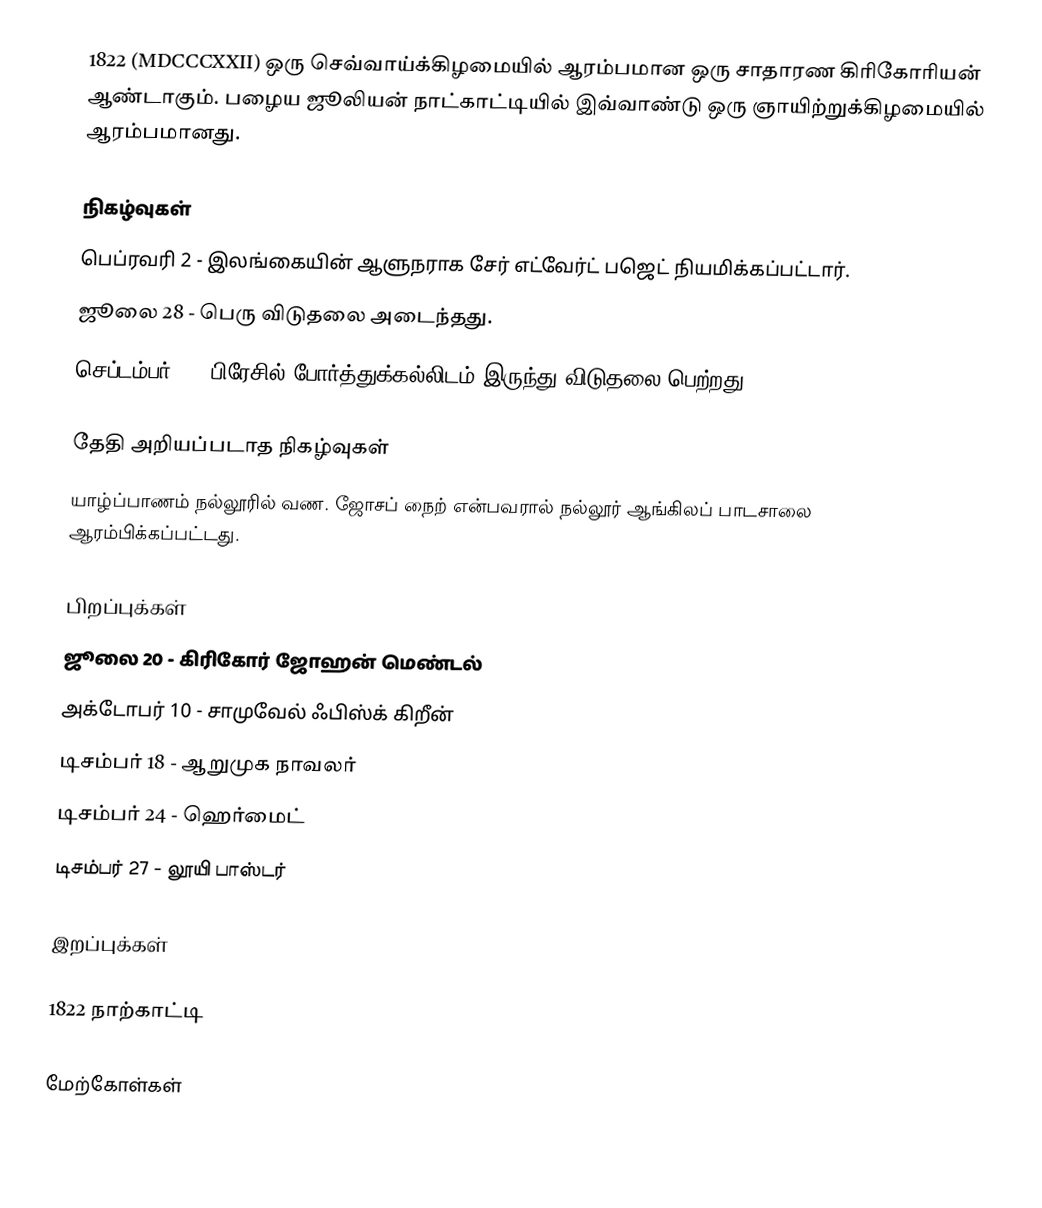
1822  (MDCCCXXII) ஒரு செவ்வாய்க்கிழமையில் ஆரம்பமான ஒரு சாதாரண கிரிகோரியன் ஆண்டாகும். பழைய ஜூலியன் நாட்காட்டியில் இவ்வாண்டு ஒரு ஞாயிற்றுக்கிழமையில் ஆரம்பமானது.

நிகழ்வுகள்
 பெப்ரவரி 2 - இலங்கையின் ஆளுநராக சேர் எட்வேர்ட் பஜெட் நியமிக்கப்பட்டார்.
 ஜூலை 28 - பெரு விடுதலை அடைந்தது.
 செப்டம்பர் 7 - பிரேசில் போர்த்துக்கல்லிடம் இருந்து விடுதலை பெற்றது.

தேதி அறியப்படாத நிகழ்வுகள்
 யாழ்ப்பாணம் நல்லூரில் வண. ஜோசப் நைற் என்பவரால் நல்லூர் ஆங்கிலப் பாடசாலை ஆரம்பிக்கப்பட்டது.

பிறப்புக்கள்
 ஜூலை 20 - கிரிகோர் ஜோஹன் மெண்டல்
 அக்டோபர் 10 - சாமுவேல் ஃபிஸ்க் கிறீன்
 டிசம்பர் 18 - ஆறுமுக நாவலர்
 டிசம்பர் 24 - ஹெர்மைட்
 டிசம்பர் 27 - லூயி பாஸ்டர்

இறப்புக்கள்

1822 நாற்காட்டி

மேற்கோள்கள்